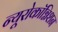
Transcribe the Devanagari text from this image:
न्यूरोकॉग्निशन